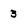
Character: 3